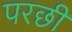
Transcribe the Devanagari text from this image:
परछी